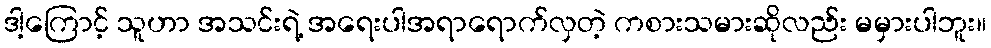
ဒါ့ကြောင့် သူဟာ အသင်းရဲ့ အရေးပါအရာရောက်လှတဲ့ ကစားသမားဆိုလည်း မမှားပါဘူး။